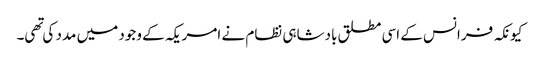
کیونکہ فرانس کے اسی مطلق بادشاہی نظام نے امریکہ کے وجود میں مدد کی تهی۔